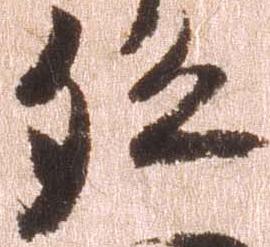
孫